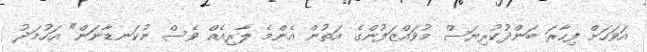
އަވަހަށް ފިހާރަ ބަންދުކުރިޔަސް މުވައްޒަފުންގެ އަތުން އެންމެ ލާރިއެއް ވެސް ނުކަނޑާނަން" އަހުމަދު